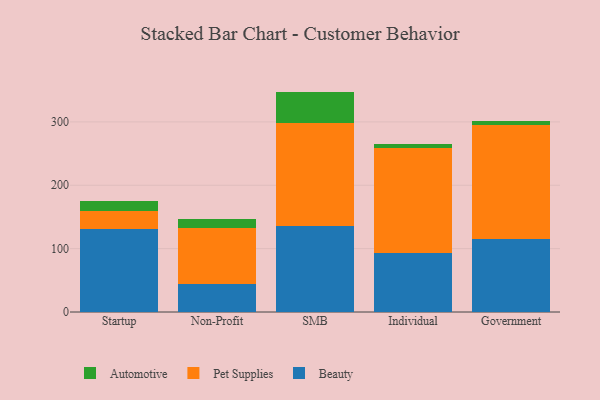
{"axis": {"x": "Segment", "y": "Active Users"}, "legend": ["Automotive", "Beauty", "Pet Supplies"], "data": [{"x": "Startup", "y": 131.0, "type": "Beauty"}, {"x": "Startup", "y": 28.3, "type": "Pet Supplies"}, {"x": "Startup", "y": 15.3, "type": "Automotive"}, {"x": "Non-Profit", "y": 44.8, "type": "Beauty"}, {"x": "Non-Profit", "y": 88.3, "type": "Pet Supplies"}, {"x": "Non-Profit", "y": 14.3, "type": "Automotive"}, {"x": "SMB", "y": 135.5, "type": "Beauty"}, {"x": "SMB", "y": 163.5, "type": "Pet Supplies"}, {"x": "SMB", "y": 48.8, "type": "Automotive"}, {"x": "Individual", "y": 93.9, "type": "Beauty"}, {"x": "Individual", "y": 165.5, "type": "Pet Supplies"}, {"x": "Individual", "y": 6.0, "type": "Automotive"}, {"x": "Government", "y": 114.6, "type": "Beauty"}, {"x": "Government", "y": 179.9, "type": "Pet Supplies"}, {"x": "Government", "y": 7.7, "type": "Automotive"}]}